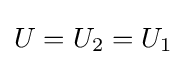
U=U_{\rm {2}}=U_{\rm {1}}